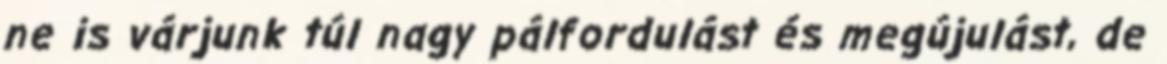
ne is várjunk túl nagy pálfordulást és megújulást, de